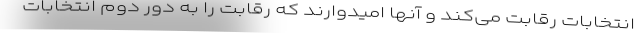
انتخابات رقابت می‌کند و آنها امیدوارند که رقابت را به دور دوم انتخابات